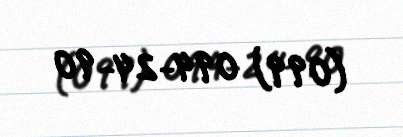
(099) 094-24-90